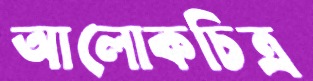
আলোকচিত্র